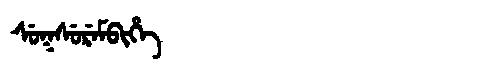
Manchu: ᠰᡠᡴᠰᡠᡵᡝᠮᠪᡳᡥᡝ
Romanization: SUKSUREMBIHE